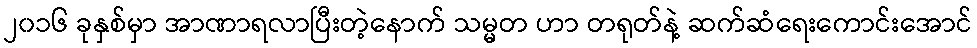
၂၀၁၆ ခုနှစ်မှာ အာဏာရလာပြီးတဲ့နောက် သမ္မတ ဟာ တရုတ်နဲ့ ဆက်ဆံရေးကောင်းအောင်